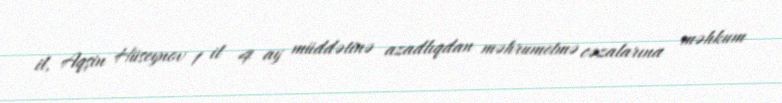
il, Aqşin Hüseynov 1 il 4 ay müddətinə azadlıqdan məhrumetmə cəzalarına məhkum